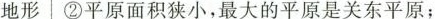
地形 ②平原面积狭小，最大的平原是关东平原；